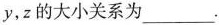
y，z的大小关系为___.